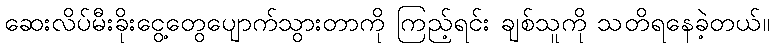
ဆေးလိပ်မီးခိုးငွေ့တွေပျောက်သွားတာကို ကြည့်ရင်း ချစ်သူကို သတိရနေခဲ့တယ်။